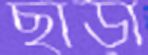
ছাড়া